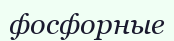
фосфорные